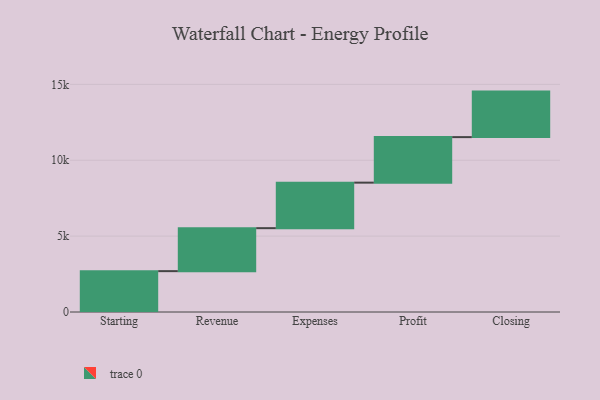
{"axis": {"x": "Step", "y": "Value"}, "legend": [""], "data": [{"x": "Starting", "y": 2693.0, "type": ""}, {"x": "Revenue", "y": 2832.0, "type": ""}, {"x": "Expenses", "y": 3000, "type": ""}, {"x": "Profit", "y": 3000, "type": ""}, {"x": "Closing", "y": 3000, "type": ""}]}